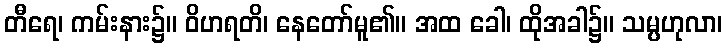
တီရေ၊ ကမ်းနား၌။ ဝိဟရတိ၊ နေတော်မူ၏။ အထ ခေါ၊ ထိုအခါ၌။ သမ္ပဟုလာ၊